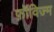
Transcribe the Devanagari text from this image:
फ़ॉविज्म